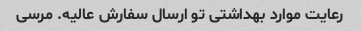
رعایت موارد بهداشتی تو ارسال سفارش عالیه. مرسی